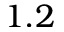
1 . 2